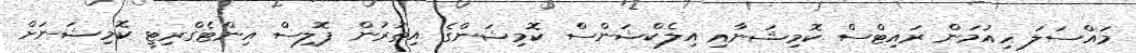
މައްސަލަ ހިއުމަން ރައިޓްސް ކޮމިޝަނާއި އިލެކްޝަންސް ކޮމިޝަންގެ އިތުރުން ޕޮލިސް އިންޓެގްރިޓީ ކޮމިޝަނަށް